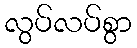
လွပ်လပ်စွာ